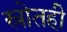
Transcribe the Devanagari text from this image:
स्रोतही